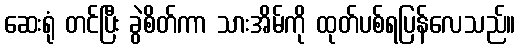
ဆေးရုံ တင်ပြီး ခွဲစိတ်ကာ သားအိမ်ကို ထုတ်ပစ်ရပြန်လေသည်။